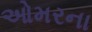
ઓમરના